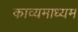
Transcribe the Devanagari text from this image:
काव्यमाध्यम